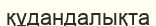
құдандалықта